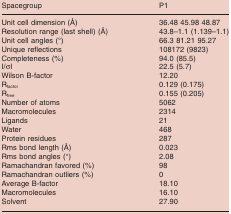
<table><thead><tr><td><b>Spacegroup</b></td><td><b>P1</b></td></tr></thead><tbody><tr><td>Unit cell dimension (Å)</td><td>36.48 45.98 48.87</td></tr><tr><td>Resolution range (last shell) (Å)</td><td>43.8–1.1 (1.139–1.1)</td></tr><tr><td>Unit cell angles (°)</td><td>66.3 81.21 95.27</td></tr><tr><td>Unique reflections</td><td>108172 (9823)</td></tr><tr><td>Completeness (%)</td><td>94.0 (85.5)</td></tr><tr><td>I/σI</td><td>22.5 (5.7)</td></tr><tr><td>Wilson B‐factor</td><td>12.20</td></tr><tr><td>R<sub>factor</sub></td><td>0.129 (0.175)</td></tr><tr><td>R<sub>free</sub></td><td>0.155 (0.205)</td></tr><tr><td>Number of atoms</td><td>5062</td></tr><tr><td>Macromolecules</td><td>2314</td></tr><tr><td>Ligands</td><td>21</td></tr><tr><td>Water</td><td>468</td></tr><tr><td>Protein residues</td><td>287</td></tr><tr><td>Rms bond length (Å)</td><td>0.023</td></tr><tr><td>Rms bond angles (°)</td><td>2.08</td></tr><tr><td>Ramachandran favored (%)</td><td>98</td></tr><tr><td>Ramachandran outliers (%)</td><td>0</td></tr><tr><td>Average B‐factor</td><td>18.10</td></tr><tr><td>Macromolecules</td><td>16.10</td></tr><tr><td>Solvent</td><td>27.90</td></tr></tbody></table>